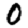
Digit: 0